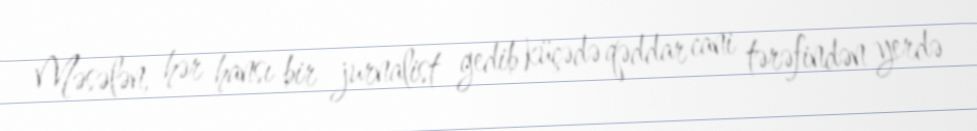
Məsələn, hər hansı bir jurnalist gedib küçədə qəddar cani tərəfindən yerdə